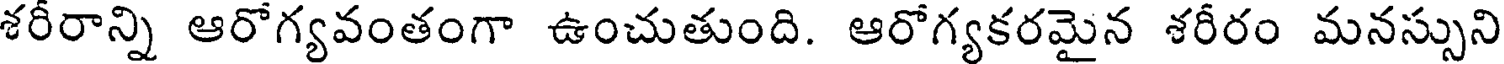
శరీరాన్ని ఆరోగ్యవంతంగా ఉంచుతుంది. ఆరోగ్యకరమైన శరీరం మనస్సుని